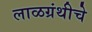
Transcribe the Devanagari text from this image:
लाळग्रंथीचे